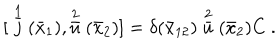
{ [ } \stackrel { 1 } { \bar { j } } ( \bar { x } _ { 1 } ) , \stackrel { 2 } { \bar { u } } ( \bar { x } _ { 2 } ) ] = \delta ( \bar { x } _ { 1 2 } ) \stackrel { 2 } { \bar { u } } ( \bar { x } _ { 2 } ) C \ .